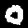
Label: 0